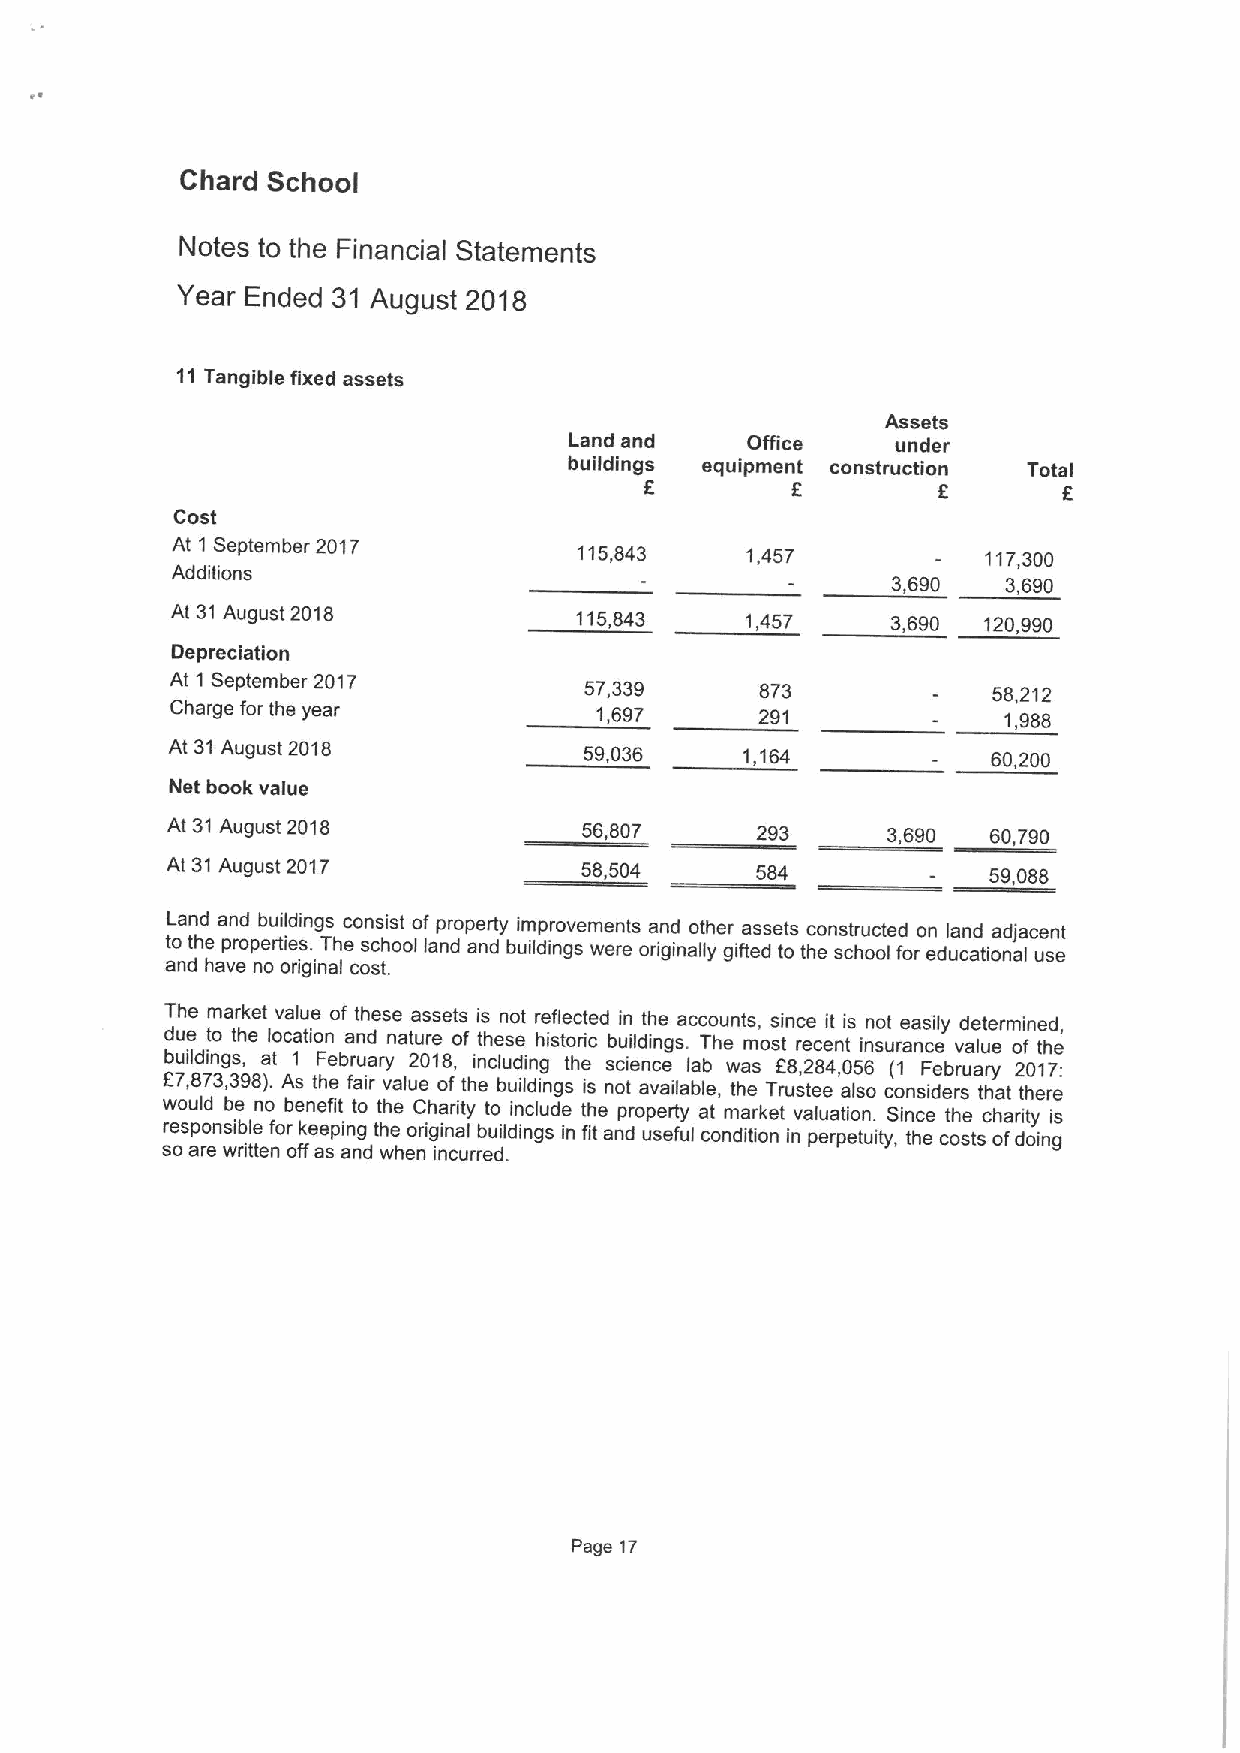
Chard School
 Notes to the Financial Statements
 Year Ended 31 August 2018
 11Tangible fixed assets
 Assets
 Land and   Office    under
 buildings equipment construction Total
 Cost
 At 1 September 2017        115,843    1,457           117,300
 Additions
 3,690   3,690
 At 31August 2018           115,843    1,457     3,690 120,990
 Depreciation
 At 1 September 2017         57,339     873             58,212
 Charge for the year         1,697      291             1,988
 At 31August 2018            59,036    1,164            60,200
 Net book value
 At 31August 2018            56,807     293      3,690  60,790
 At 31August 2017           58,504                     59,088
 Land and buildings consist of property improvements and other assets constructed on land adjacent
 to the properties. The school land and buildings were originally gifted to the school for educational use
 and have no original cost.
 The market value of these assets is not reflected in the accounts, since it is not easily determined,
 due to the location and nature of these historic buildings. The most recent insurance value of the
 buildings, at 1 February 2018, including the science lab was f8,284,056 (1 February 2017:
 F7,873,398).As the fair value of the buildings is not available, the Trustee also considers that there
 would be no benefit to the Chadity to include the property at market valuation. Since the charity is
 sre osp ao rensi wb rl ie ttenfor ofk fe ae spin ang dth we heo nrig ii nn ca ul rrb eu di .ldings in fit and useful condition in perpetuity, the costs ofdoing
 Page 17